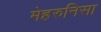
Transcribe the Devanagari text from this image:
मेहरुनिसा